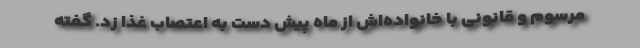
مرسوم و قانونی با خانواده‌اش از ماه پیش دست به اعتصاب غذا زد. گفته